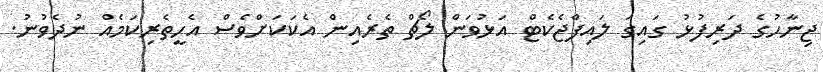
ޖިނާހުގެ ދަރިފުޅު ގައިގަ ލައިފްޖެކެޓް އަޅުވަން ލޯޗް ތެރެއިން އެކަކަށްވެސް އެހީތެރިކަމެއް ނުދެވުނު.